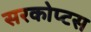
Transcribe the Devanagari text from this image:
सरकोप्टस